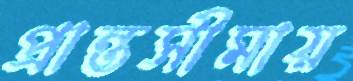
প্রান্তসীমায়